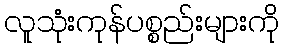
လူသုံးကုန်ပစ္စည်းများကို